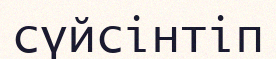
сүйсінтіп